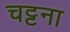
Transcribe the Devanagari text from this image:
चट्टना